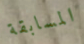
المسابقة